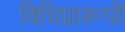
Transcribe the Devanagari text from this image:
विधिप्रारूपों